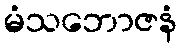
မံသဘောဇနံ